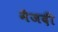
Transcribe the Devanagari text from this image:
मैजदी